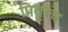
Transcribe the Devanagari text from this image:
पितृत्च